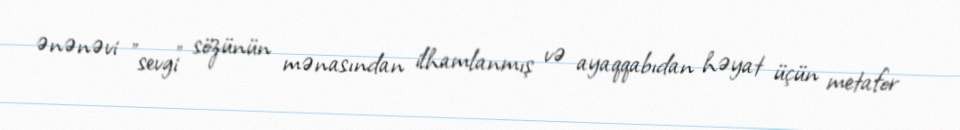
ənənəvi "sevgi" sözünün mənasından ilhamlanmış və ayaqqabıdan həyat üçün metafor